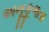
અનૂકૂળતા